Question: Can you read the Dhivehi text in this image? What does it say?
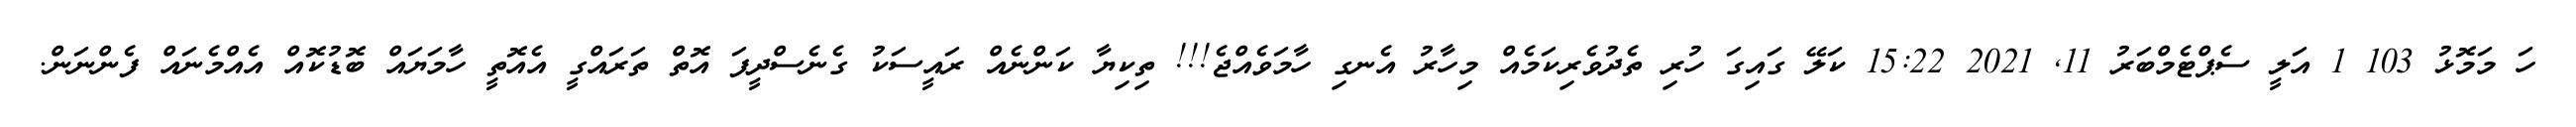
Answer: ހަ މަމޮޅު 103 1 އަލީ ސެޕްޓެމްބަރު 11, 2021 15:22 ކަލޭ ގައިގަ ހުރި ތެދުވެރިކަމެއް މިހާރު އެނގި ހާމަވެއްޖެ!!! ތިކިޔާ ކަންނެއް ރައީސަކު ގެނެސްދީފަ އޮތް ތަރައްގީ އެއޮތީ ހާމަޔައް ބޮޑުކޮއް އެއްމެނައް ފެންނަން.